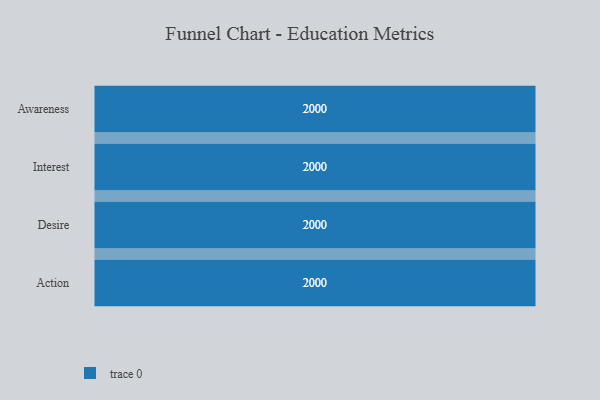
{"axis": {"x": "Stage", "y": "Value"}, "legend": [""], "data": [{"x": "Awareness", "y": 2000, "type": ""}, {"x": "Interest", "y": 2000, "type": ""}, {"x": "Desire", "y": 2000, "type": ""}, {"x": "Action", "y": 2000, "type": ""}]}